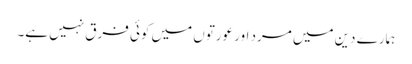
ہمارے دین میں مرد اور عورتوں میں کوئی فرق نہیں ہے۔